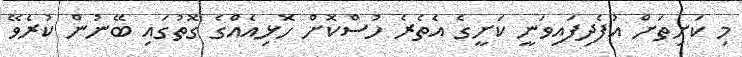
މި ކަށިތަށް އުފެދިފައިވަނީ ކަށީގެ އެތެރެ ހުސްކޮށް ހޮޅިއެއްގެ ގޮތުގައި ބޭނުން ކުރެވޭ